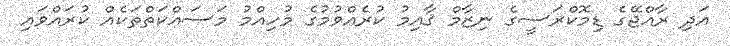
އަދި ރާއްޖޭގެ ޑިމޮކްރަސީގެ ނިޒާމް ޤާއިމު ކުރެއްވުމުގެ މުހިއްމު މަސައްކަތްތަކެއް ކުރައްވައި